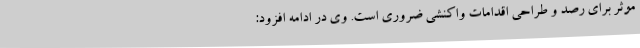
موثر برای رصد و طراحی اقدامات واکنشی ضروری است. وی در ادامه افزود: